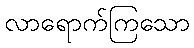
လာရောက်ကြသော